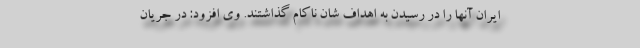
ایران آنها را در رسیدن به اهداف شان ناکام گذاشتند. وی افزود: در جریان